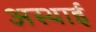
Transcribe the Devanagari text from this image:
अस्‍थाई